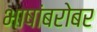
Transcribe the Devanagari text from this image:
भाषांबरोबर